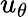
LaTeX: u_{\theta}